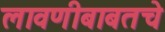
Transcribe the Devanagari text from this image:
लावणीबाबतचे